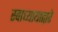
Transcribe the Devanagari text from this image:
स्वाध्यायाद्वारे